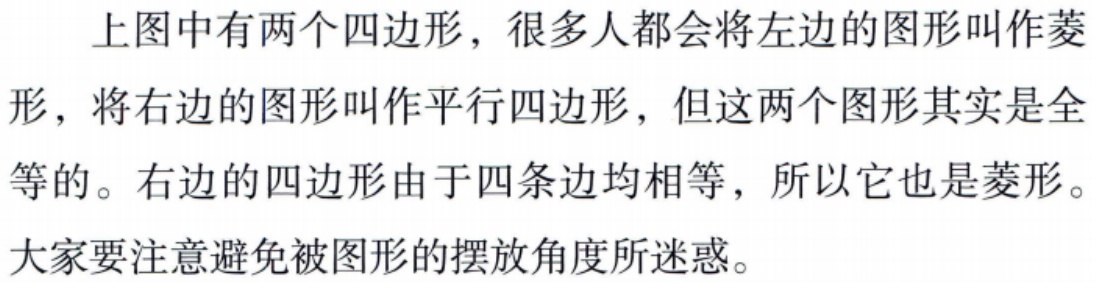
上图中有两个四边形，很多人都会将左边的图形叫作菱形，将右边的图形叫作平行四边形，但这两个图形其实是全等的。右边的四边形由于四条边均相等，所以它也是菱形。大家要注意避免被图形的摆放角度所迷惑。